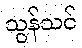
သွန်သင်